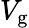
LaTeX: V_{\mathrm{{g}}}